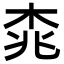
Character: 𣑯